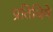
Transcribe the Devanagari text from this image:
प्रतिविषे